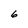
Character: 6